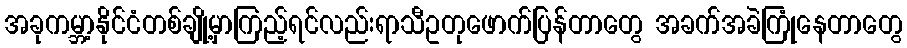
အခုကမ္ဘာ့နိုင်ငံတစ်ချို့မှာကြည့်ရင်လည်းရာသီဥတုဖောက်ပြန်တာတွေ အခက်အခဲကြုံနေတာတွေ